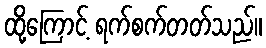
ထို့ကြောင့် ရက်စက်တတ်သည်။